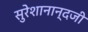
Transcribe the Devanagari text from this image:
सुरेशानान्दजी